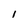
Character: I